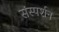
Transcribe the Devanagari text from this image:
संस्पर्शन